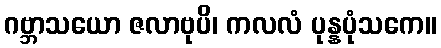
ဂဗ္ဘာသယော ဇလာဗုပိ၊ ကလလံ ပုန္နပုံသကေ။